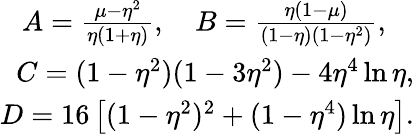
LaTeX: \begin{array}{r}{A=\frac{\mu-\eta^{2}}{\eta(1+\eta)},\quad B=\frac{\eta(1-\mu)}{(1-\eta)(1-\eta^{2})},\quad}\\ {C=(1-\eta^{2})(1-3\eta^{2})-4\eta^{4}\ln{\eta},}\\ {D=16\left[(1-\eta^{2})^{2}+(1-\eta^{4})\ln{\eta}\right].}\end{array}